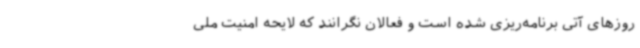
روزهای آتی برنامه‌ریزی شده است و فعالان نگرانند که لایحه امنیت ملی